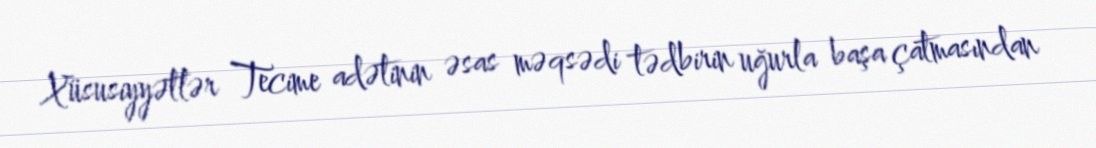
Xüsusiyyətlər Tecime adətinin əsas məqsədi tədbirin uğurla başa çatmasından